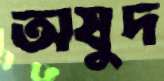
অষুদ